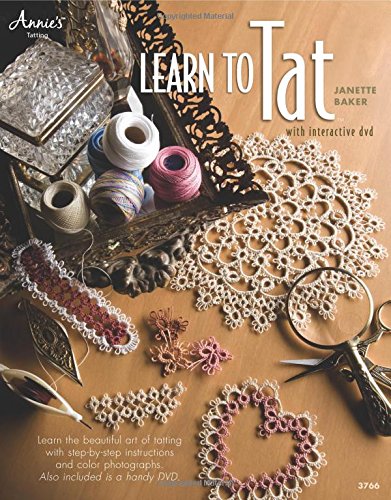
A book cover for Learn to Tat (Book & DVD); Crafts, Hobbies & Home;